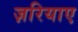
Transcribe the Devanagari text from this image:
ज़रियाए